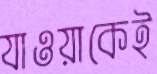
যাওয়াকেই